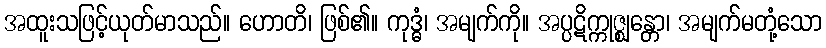
အထူးသဖြင့်ယုတ်မာသည်။ ဟောတိ၊ ဖြစ်၏။ ကုဒ္ဓံ၊ အမျက်ကို။ အပ္ပဋိက္ကုဇ္ဈန္တော၊ အမျက်မတုံ့သော